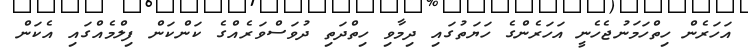
އަހަރެން ހިތްހަމަނުޖެހެނީ އަހަރެންގެ ހަޔަތުގައި ދިމާވި ހިތްދަތި ދުވަސްވަރެއްގެ ކަންކަން ފިލްމެއްގައި އެކަން